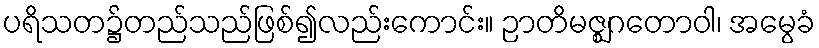
ပရိသတ၌တည်သည်ဖြစ်၍လည်းကောင်း။ ဉာတိမဇ္ဈဂတောဝါ၊ အမွေခံ